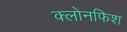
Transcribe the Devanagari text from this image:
क्लोनफिश